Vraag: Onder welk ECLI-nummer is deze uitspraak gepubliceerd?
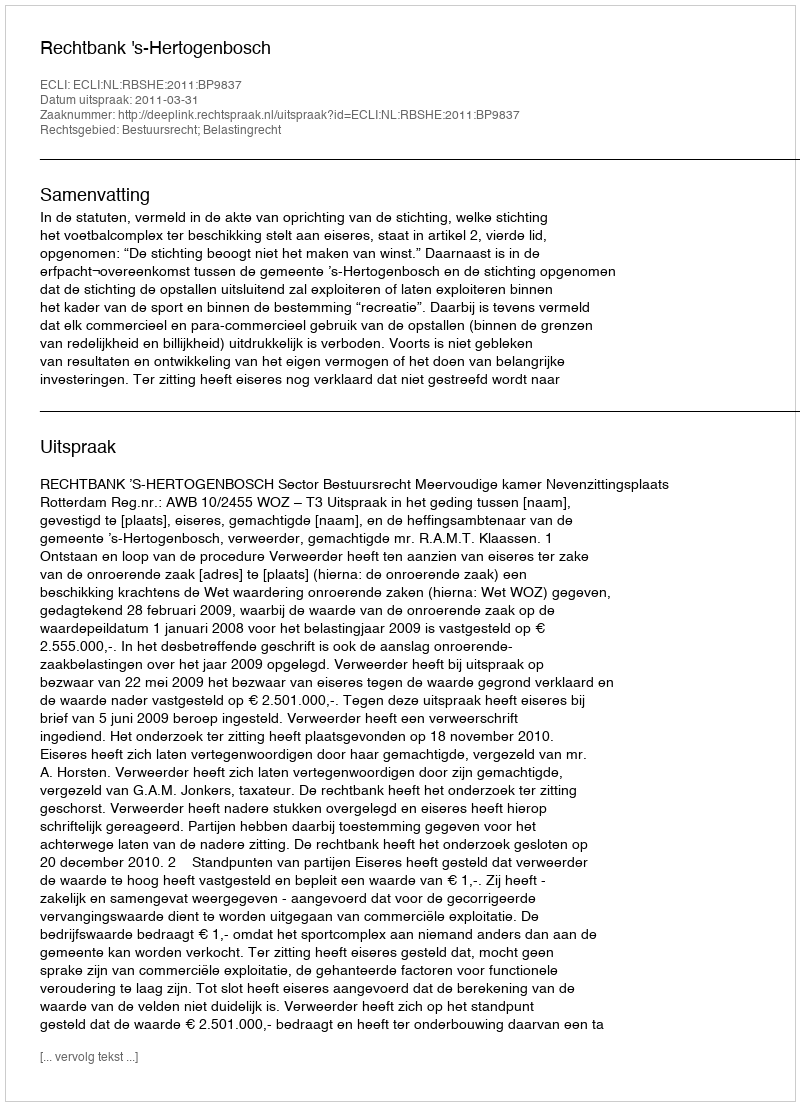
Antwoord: ECLI:NL:RBSHE:2011:BP9837